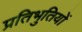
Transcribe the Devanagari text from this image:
प्रतिभुतियों